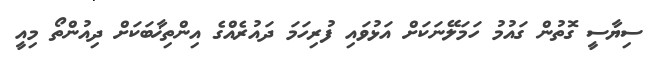
ސިޔާސީ ގޮތުން ގައުމު ހަމަލޭނަކަށް އަޅުވައި ފުރިހަމަ ދައުރެއްގެ އިންތިޚާބަކަށް ދިއުންތޯ މިއީ